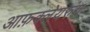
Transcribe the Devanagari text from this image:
आफ़क्लेयरुंग